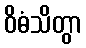
ဝိဓံသိတွာ